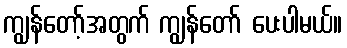
ကျွန်တော့်အတွက် ကျွန်တော် ပေးပါမယ်။